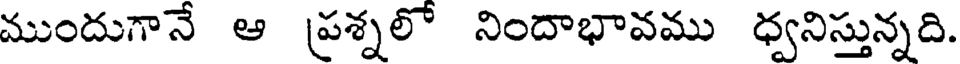
ముందుగానే ఆ ప్రశ్నలో నిందాభావము ధ్వనిస్తున్నది.